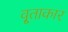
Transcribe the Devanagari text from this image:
वृ्ताकार